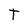
Character: T